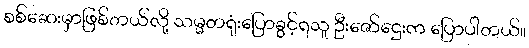
စစ်ဆေးမှာဖြစ်တယ်လို့ သမ္မတရုံးပြောခွင့်ရသူ ဦးဇော်ဌေးက ပြောပါတယ်။